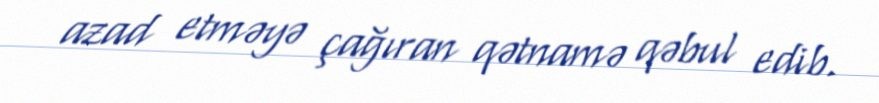
azad etməyə çağıran qətnamə qəbul edib.